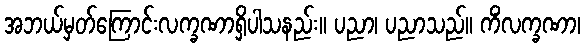
အဘယ်မှတ်ကြောင်းလက္ခဏာရှိပါသနည်း။ ပညာ၊ ပညာသည်။ ကိံလက္ခဏာ၊